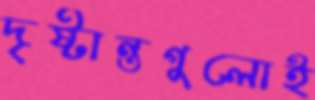
দৃষ্টান্তগুলোই